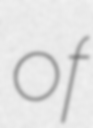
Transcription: of